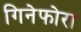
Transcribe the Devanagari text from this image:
गिनेफोरा